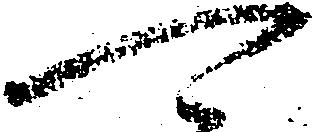
可